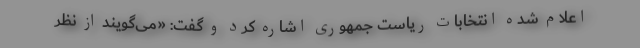
اعلام شده انتخابات ریاست جمهوری اشاره کرد و گفت: «می‌گویند از نظر